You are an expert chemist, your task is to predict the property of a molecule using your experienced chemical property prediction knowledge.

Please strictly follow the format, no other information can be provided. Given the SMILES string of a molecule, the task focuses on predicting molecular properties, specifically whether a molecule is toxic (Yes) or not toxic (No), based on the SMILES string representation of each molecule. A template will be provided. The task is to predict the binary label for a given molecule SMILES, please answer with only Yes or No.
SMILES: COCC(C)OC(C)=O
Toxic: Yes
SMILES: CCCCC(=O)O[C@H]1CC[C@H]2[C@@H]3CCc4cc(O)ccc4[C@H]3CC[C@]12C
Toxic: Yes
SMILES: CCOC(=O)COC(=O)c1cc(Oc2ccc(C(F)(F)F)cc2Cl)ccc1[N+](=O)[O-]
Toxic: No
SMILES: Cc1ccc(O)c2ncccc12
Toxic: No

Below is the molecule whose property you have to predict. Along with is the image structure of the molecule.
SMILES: CCC(=O)C(CCN(C)C)(c1ccccc1)c1ccccc1
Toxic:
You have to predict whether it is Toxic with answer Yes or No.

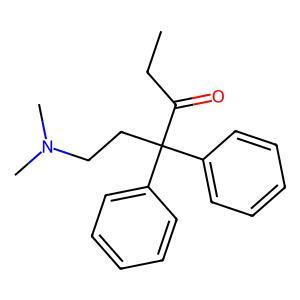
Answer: No